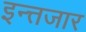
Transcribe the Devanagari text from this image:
इन्त्तजार